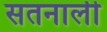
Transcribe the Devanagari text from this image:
सतनाली